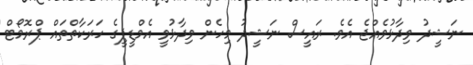
ނަޝީދު ވިދާޅުވެއްޖެ އެވެ. ރައީސް ނަޝީދު މިހެން ވިދާޅުވީ އެމްޑީޕީގެ ހަރަކާތްތައް ޕްރޮމޯޓް